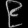
Digit: ၉